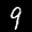
Label: 9